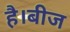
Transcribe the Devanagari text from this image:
है।बीज